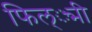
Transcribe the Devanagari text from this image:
फिल््मी